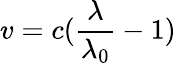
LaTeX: v=c(\frac{\lambda}{\lambda_{0}}-1)